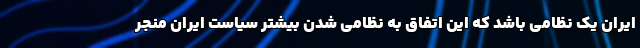
ایران یک نظامی باشد که این اتفاق به نظامی شدن بیشتر سیاست ایران منجر